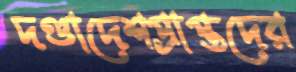
দণ্ডাদেশপ্রাপ্তদের